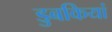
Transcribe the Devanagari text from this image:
डुबकियां